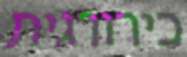
כירורגית